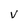
Character: V